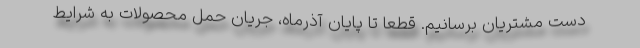
دست مشتریان برسانیم. قطعا تا پایان آذرماه، جریان حمل محصولات به شرایط